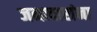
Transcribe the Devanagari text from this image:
जनावारांना